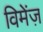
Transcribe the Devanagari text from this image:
विमेंज़